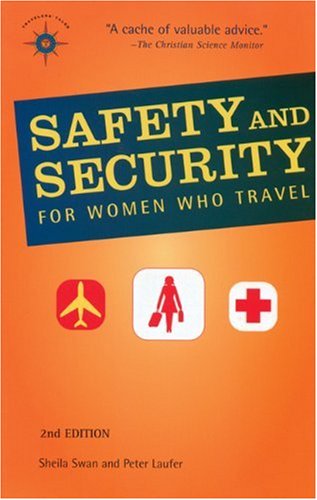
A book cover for Safety and Security for Women Who Travel (Travelers' Tales Guides); Sheila Swan; Travel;